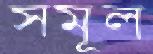
সমূল